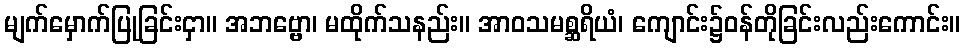
မျက်မှောက်ပြုခြင်းငှာ။ အဘဗ္ဗော၊ မထိုက်သနည်း။ အာဝသမစ္ဆရိယံ၊ ကျောင်း၌ဝန်တိုခြင်းလည်းကောင်း။